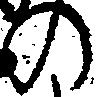
の